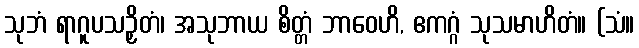
သုဘံ ရာဂူပသဉှိတံ၊ အသုဘာယ စိတ္တံ ဘာဝေဟိ, ဧကဂ္ဂံ သုသမာဟိတံ။ (သံ။